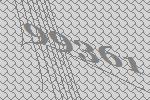
99361